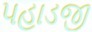
પહાડજી